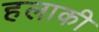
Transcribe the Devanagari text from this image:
हलाकी